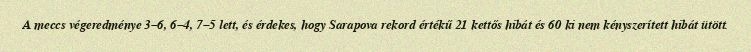
A meccs végeredménye 3–6, 6–4, 7–5 lett, és érdekes, hogy Sarapova rekord értékű 21 kettős hibát és 60 ki nem kényszerített hibát ütött.